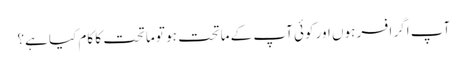
آپ اگر افسر ہوں اور کوئی آپ کے ماتحت ہو تو ماتحت کا کام کیا ہے؟